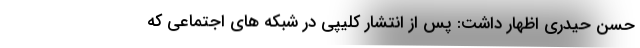
‌حسن حیدری‌ اظهار داشت: پس از انتشار کلیپی در شبکه های اجتماعی که